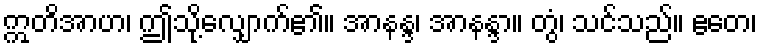
ဣတိအာဟ၊ ဤသို့လျှောက်၏။ အာနန္ဒ၊ အာနန္ဒာ။ တွံ၊ သင်သည်။ ဧတေ၊